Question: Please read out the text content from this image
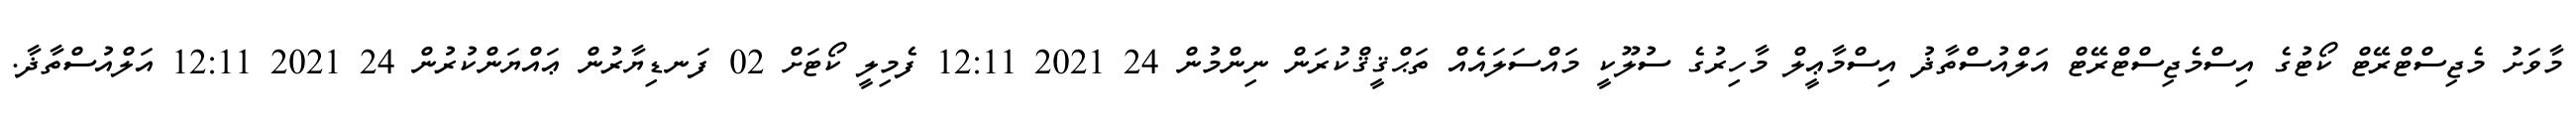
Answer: މާވަށު މެޖިސްޓްރޭޓް ކޯޓުގެ އިސްމެޖިސްޓްރޭޓް އަލްއުސްތާޛު އިސްމާޢީލް މާހިރުގެ ސުލޫކީ މައްސަލައެއް ތަޙްޤީޤްކުރަން ނިންމުން 24 2021 12:11 ފެމިލީ ކޯޓަށް 02 ފަނޑިޔާރުން ޢައްޔަންކުރުން 24 2021 12:11 އަލްއުސްތާޛާ.